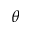
\theta